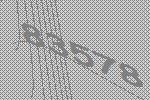
83578